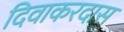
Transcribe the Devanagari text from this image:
दिवाकरदास